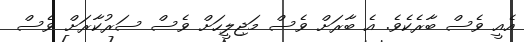
އެއީ ވެސް ބާރެކެވެ. އެ ބާރަށް ވެސް މަޖިލީހަށް ވެސް ސަރުކާރަށް ވެސް